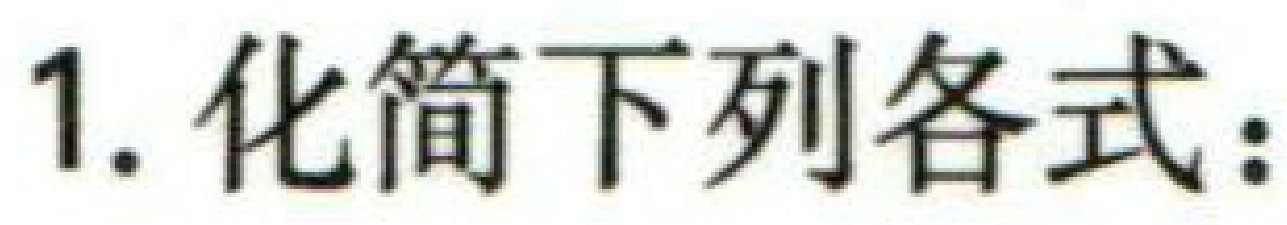
1. 化简下列各式：